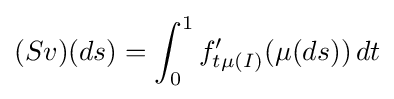
(Sv)(ds)=\int _{0}^{1}f'_{t\mu (I)}(\mu (ds))\,dt